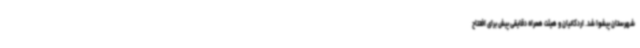
شهرستان پیشوا شد. ‌اردکانیان ‌و هیئت همراه دقایقی پیش برای افتتاح